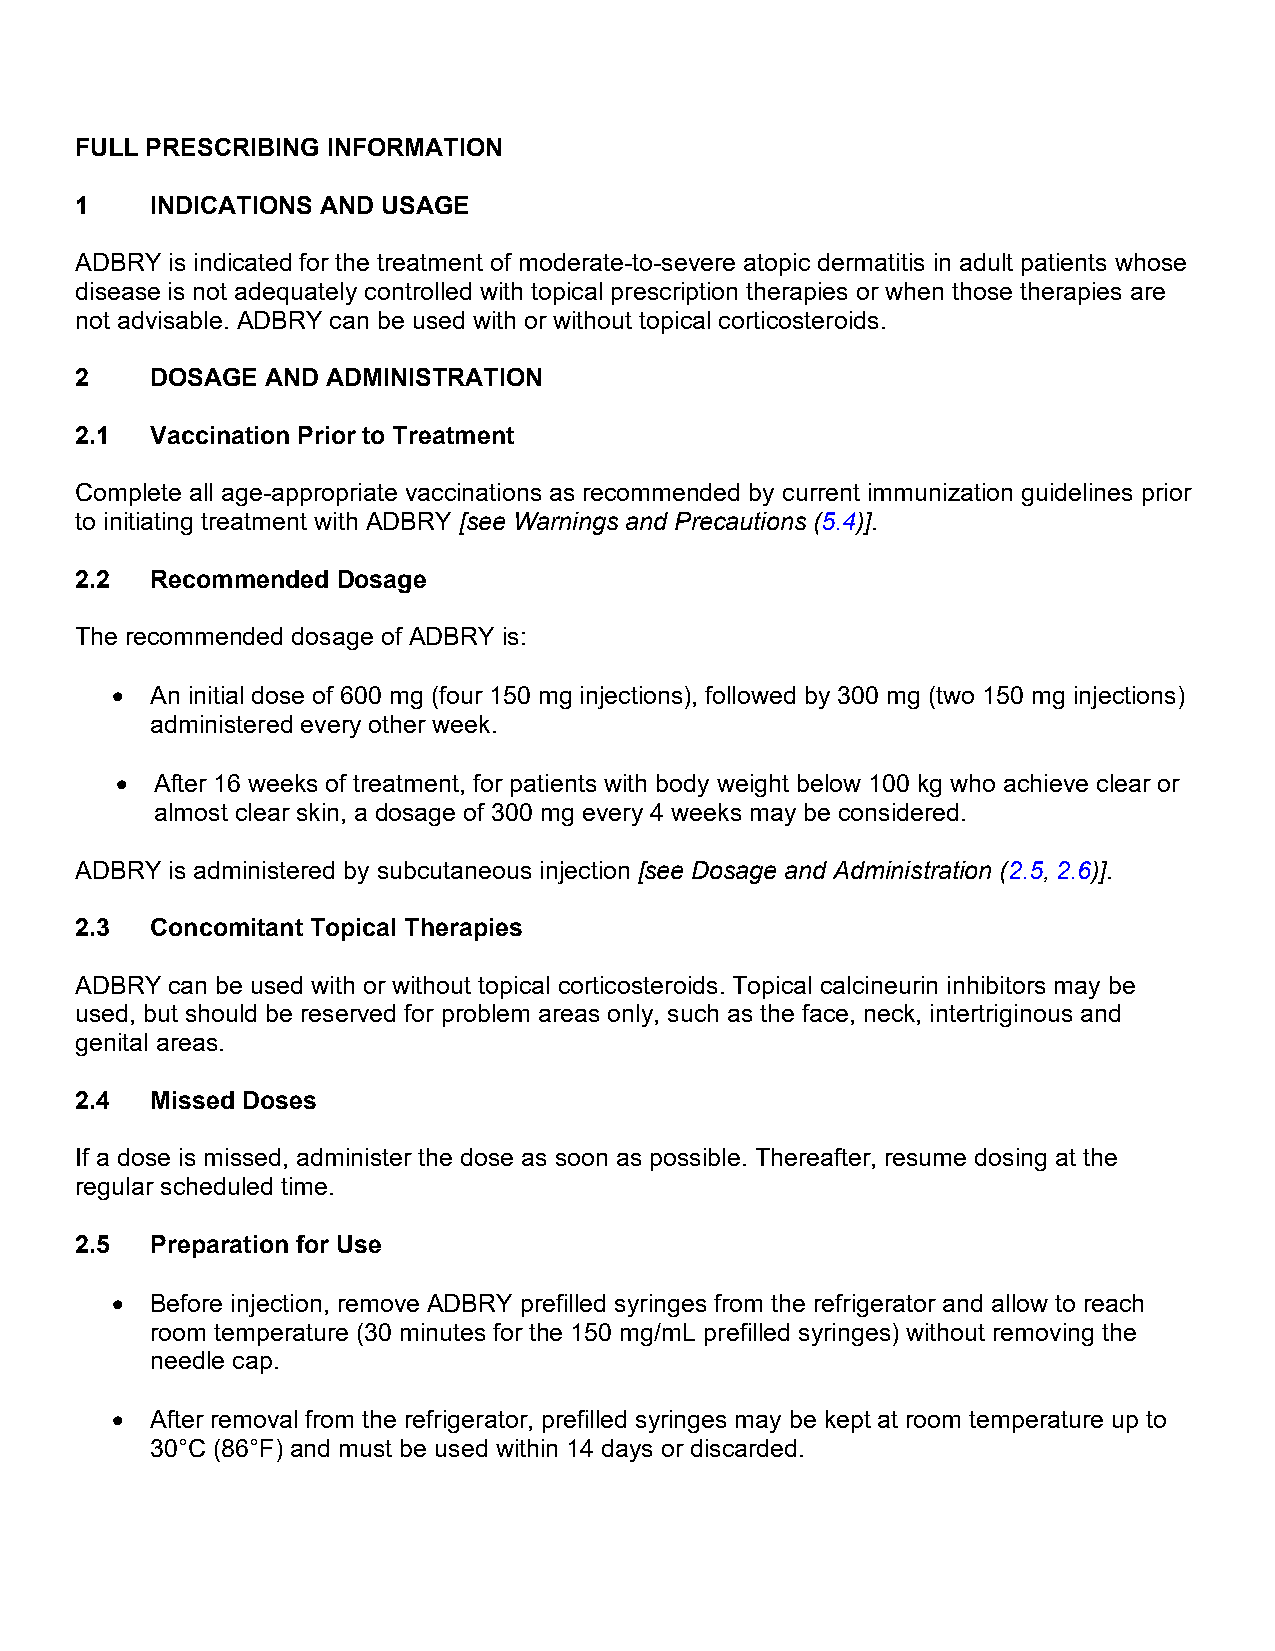
FULL PRESCRIBING INFORMATION
 1    INDICATIONS AND USAGE
 ADBRY is indicated for the treatment of moderate-to-severe atopic dermatitis in adult patients whose
 disease is not adequately controlled with topical prescription therapies or when those therapies are
 not advisable. ADBRY can be used with or without topical corticosteroids.
 2    DOSAGE  AND ADMINISTRATION
 2.1  Vaccination Prior to Treatment
 Complete all age-appropriate vaccinations as recommended by current immunization guidelines prior
 to initiating treatment with ADBRY [see Warnings and Precautions (5.4)].
 2.2  Recommended Dosage
 The recommended dosage of ADBRY is:
 •  An initial dose of 600 mg (four 150 mg injections), followed by 300 mg (two 150 mg injections)
 administered every other week.
 • After 16 weeks of treatment, for patients with body weight below 100 kg who achieve clear or
 almost clear skin, a dosage of 300 mg every 4 weeks may be considered.
 ADBRY is administered by subcutaneous injection [see Dosage and Administration (2.5, 2.6)].
 2.3  Concomitant Topical Therapies
 ADBRY can be used with or without topical corticosteroids. Topical calcineurin inhibitors may be
 used, but should be reserved for problem areas only, such as the face, neck, intertriginous and
 genital areas.
 2.4  Missed Doses
 If a dose is missed, administer the dose as soon as possible. Thereafter, resume dosing at the
 regular scheduled time.
 2.5  Preparation for Use
 •  Before injection, remove ADBRY prefilled syringes from the refrigerator and allow to reach
 room temperature (30 minutes for the 150 mg/mL prefilled syringes) without removing the
 needle cap.
 •  After removal from the refrigerator, prefilled syringes may be kept at room temperature up to
 30°C (86°F) and must be used within 14 days or discarded.